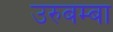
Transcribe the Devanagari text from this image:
उरुबम्बा